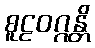
စူဠဝဂ္ဂန္တိ